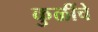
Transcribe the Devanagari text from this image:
कुळींचे